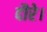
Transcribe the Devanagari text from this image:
दौरे।